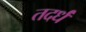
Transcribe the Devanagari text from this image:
तदर्धं